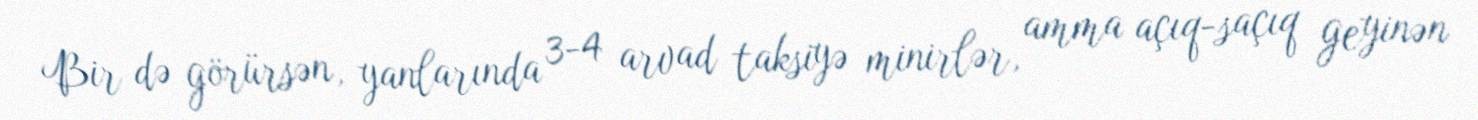
Bir də görürsən, yanlarında 3-4 arvad taksiyə minirlər, amma açıq-saçıq geyinən